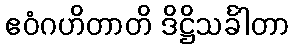
ဧဝံဂဟိတာတိ ဒိဋ္ဌိသင်္ခါတာ